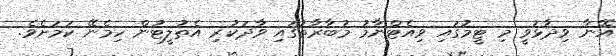
އޭނާ ވިދާޅުވީ މި ޓީމުގައި ވިއެޓްނާމު މުބާރާތުގައި ވާދަކުރި އެތުލީޓުން ހިމެނޭ ކަމަށެވެ.